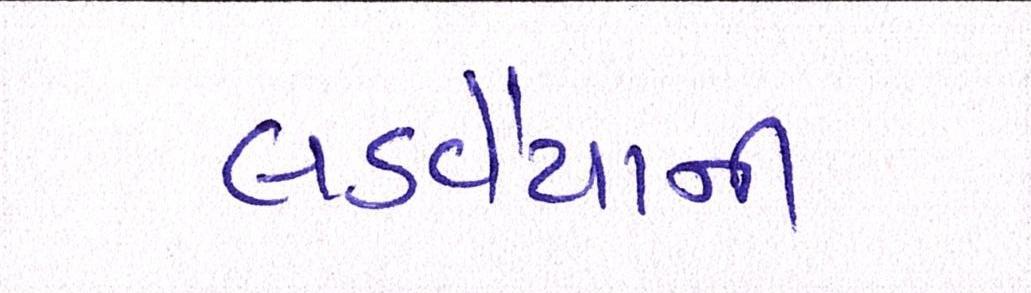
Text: લડવૈયાની